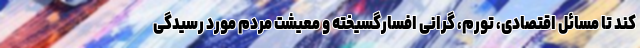
کند تا مسائل اقتصادی، تورم، گرانی افسارگسیخته و معیشت مردم مورد رسیدگی